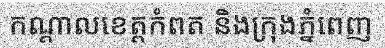
កណ្តាលខេត្តកំពត និងក្រុងភ្នំពេញ